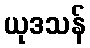
ယုဒသန်